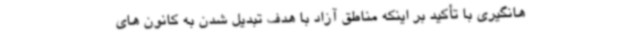
هانگیری با تأکید بر اینکه مناطق آزاد با هدف تبدیل شدن به کانون های